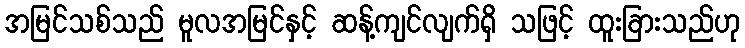
အမြင်သစ်သည် မူလအမြင်နှင့် ဆန့်ကျင်လျက်ရှိ သဖြင့် ထူးခြားသည်ဟု